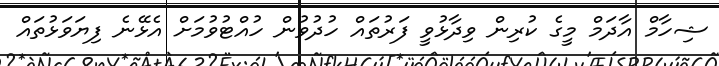
ޝިހާމް އާދަމް މީގެ ކުރިން ވިދާޅުވީ ފަރުތައް ހުދުވުން ހުއްޓުވުމަށް އެޅޭނެ ފިޔަވަޅުތައް